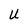
Character: U